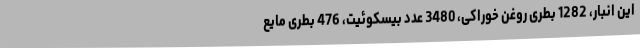
این انبار، 1282 بطری روغن خوراکی، 3480 عدد بیسکوئیت، 476 بطری مایع